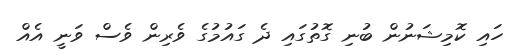
ހައި ކޮމިޝަނުން ބުނި ގޮތުގައި ދެ ގައުމުގެ ވެރިން ވެސް ވަނީ އެއް